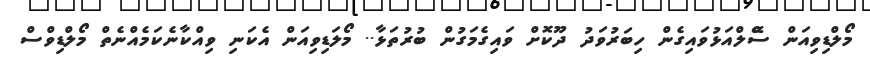
މޯލްޑިވިއަން ސޭްލްއަޅުވައިގެން ހިބަރުވަދު ދޫކޮށް ވައިގެމަގުން ބުރުތަޅާ.. މޯލަޑިވިއަން އެކަނި ވިއްކާނެކަމެއްނެތް މޯލްޑިވްސް